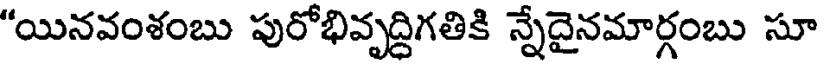
"యినవంశంబు పురోభివృద్దిగతికి న్నేదైనమార్గంబు సూ